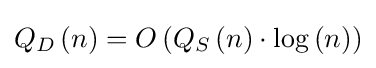
Q_{D}\left(n\right)=O\left(Q_{S}\left(n\right)\cdot \log \left(n\right)\right)